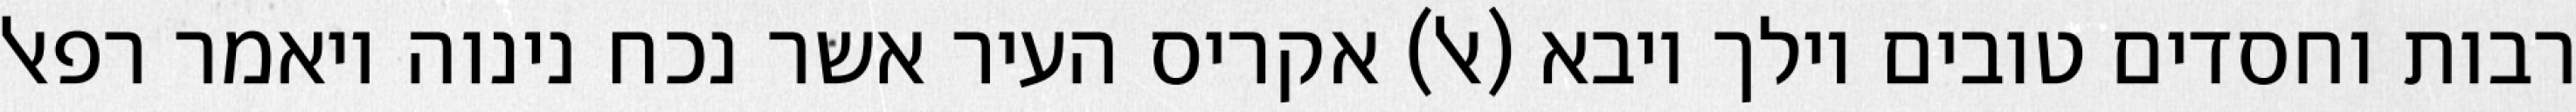
רבות וחסדים טובים וילך ויבא (אל) אקריס העיר אשר נכח נינוה ויאמר רפאל